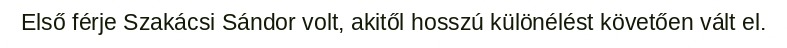
Első férje Szakácsi Sándor volt, akitől hosszú különélést követően vált el.